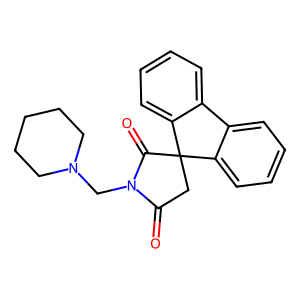
SMILES: O=C1CC2(C(=O)N1CN1CCCCC1)c1ccccc1-c1ccccc12
Inhibits HIV replication: No